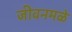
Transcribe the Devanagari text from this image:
जीवनमळे